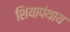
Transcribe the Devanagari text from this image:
शियापंथाय